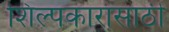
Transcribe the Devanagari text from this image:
शिल्पकारांसाठी